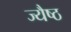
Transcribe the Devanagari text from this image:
ज्यैष्ठ